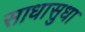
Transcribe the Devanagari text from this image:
साधासुधा